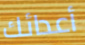
أعدائك